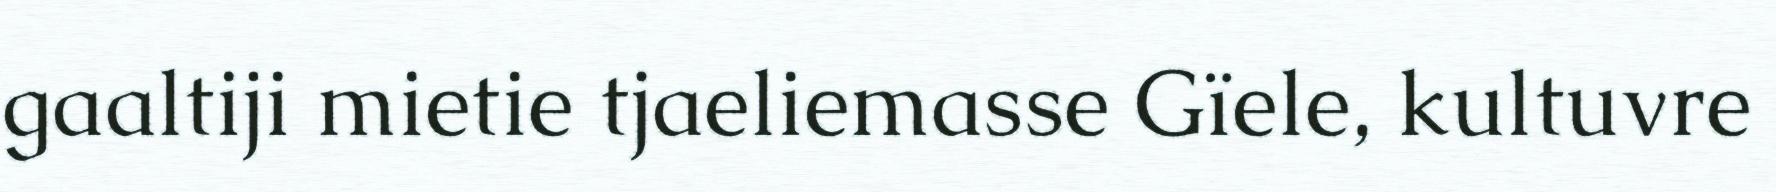
gaaltiji mietie tjaeliemasse Gïele, kultuvre